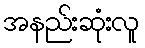
အနည်းဆုံးလူ